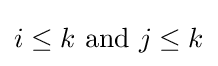
i\leq k{\text{ and }}j\leq k